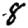
Digit: 8